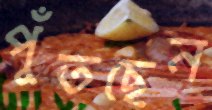
পুঁতছেন